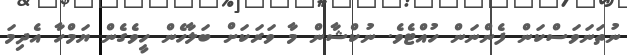
ނުތަނަވަސްކަން ފެންނަން ހުއްޓެވެ. ނުކްޝާން މާ ވަރަކަށް ބަލާހެން ހީވެގެން ޔަމްހާ އެދިމަ